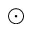
\odot